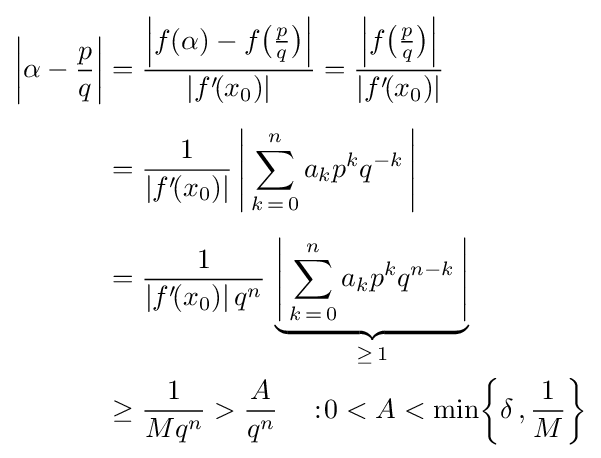
{\begin{aligned}\left|\alpha -{\frac {p}{q}}\right|&={\frac {\left|f(\alpha )-f{\bigl (}{\frac {p}{q}}{\bigr )}\right|}{|f'\!(x_{0})|}}={\frac {\left|f{\bigl (}{\frac {p}{q}}{\bigr )}\right|}{|f'\!(x_{0})|}}\\[5pt]&={\frac {1}{|f'\!(x_{0})|}}\left|\,\sum _{k\,=\,0}^{n}a_{k}p^{k}q^{-k}\,\right|\\[5pt]&={\frac {1}{|f'\!(x_{0})|\,q^{n}}}\,\underbrace {\left|\,\sum _{k\,=\,0}^{n}a_{k}p^{k}q^{n-k}\,\right|} _{\geq \,1}\\&\geq {\frac {1}{Mq^{n}}}>{\frac {A}{q^{n}}}\quad :\!0<A<\min \!\left\{\delta \,,{\frac {1}{M}}\right\}\end{aligned}}